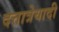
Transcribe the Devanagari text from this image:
दत्तात्रेयादी